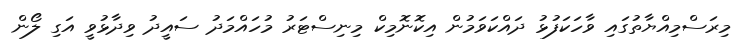
މިރަސްމިއްޔާތުގައި ވާހަކަފުޅު ދައްކަވަމުން އިކޮނޮމިކް މިނިސްޓަރު މުހައްމަދު ސައީދު ވިދާޅުވީ އަގި ލޯން